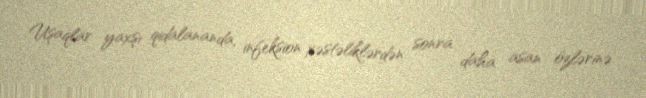
Uşaqlar yaxşı qidalananda, infeksion xəstəliklərdən sonra daha asan özlərinə